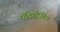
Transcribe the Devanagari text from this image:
एंटिथ्रोंबिन